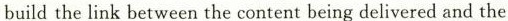
build the link between the content being delivered and the